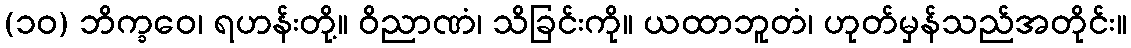
(၁၀) ဘိက္ခဝေ၊ ရဟန်းတို့။ ဝိညာဏံ၊ သိခြင်းကို။ ယထာဘူတံ၊ ဟုတ်မှန်သည်အတိုင်း။